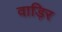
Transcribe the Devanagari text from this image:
वाड़िर